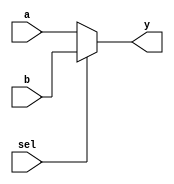
module mux2_1(input a,b,sel,
              output y);
              
assign y=sel?b:a;
endmodule